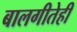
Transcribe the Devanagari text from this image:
बालगीतेही